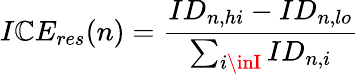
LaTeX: I\mathbb{C}E_{res}(n)=\frac{{ID_{n,hi}-ID_{n,lo}}}{{\sum_{i\inI}ID_{n,i}}}